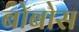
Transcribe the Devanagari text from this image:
बोबोस